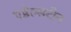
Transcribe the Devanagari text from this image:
एडेल्सटीन